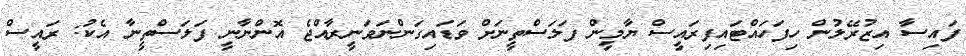
ފައިސާ އިޒުރޭލުން ހިފަހައްޓައިފިރައީސް ޔާމީން ފަލަސްތީނަށް ވަޑައިގަންނަވަނީރާއްޖެ އޮންނާނީ ފަލަސްތީނާ އެކު: ރައީސް